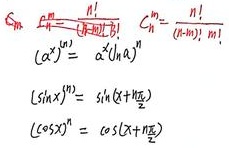
\[
\begin{align*}
C_{n}^{m}&=\frac{n!}{m!(n - m)!}\\
(\alpha^{x})^{(n)}&=\alpha^{x}(\ln\alpha)^{n}\\
(\sin x)^{(n)}&=\sin\left(x + \frac{n\pi}{2}\right)\\
(\cos x)^{(n)}&=\cos\left(x+\frac{n\pi}{2}\right)
\end{align*}
\]